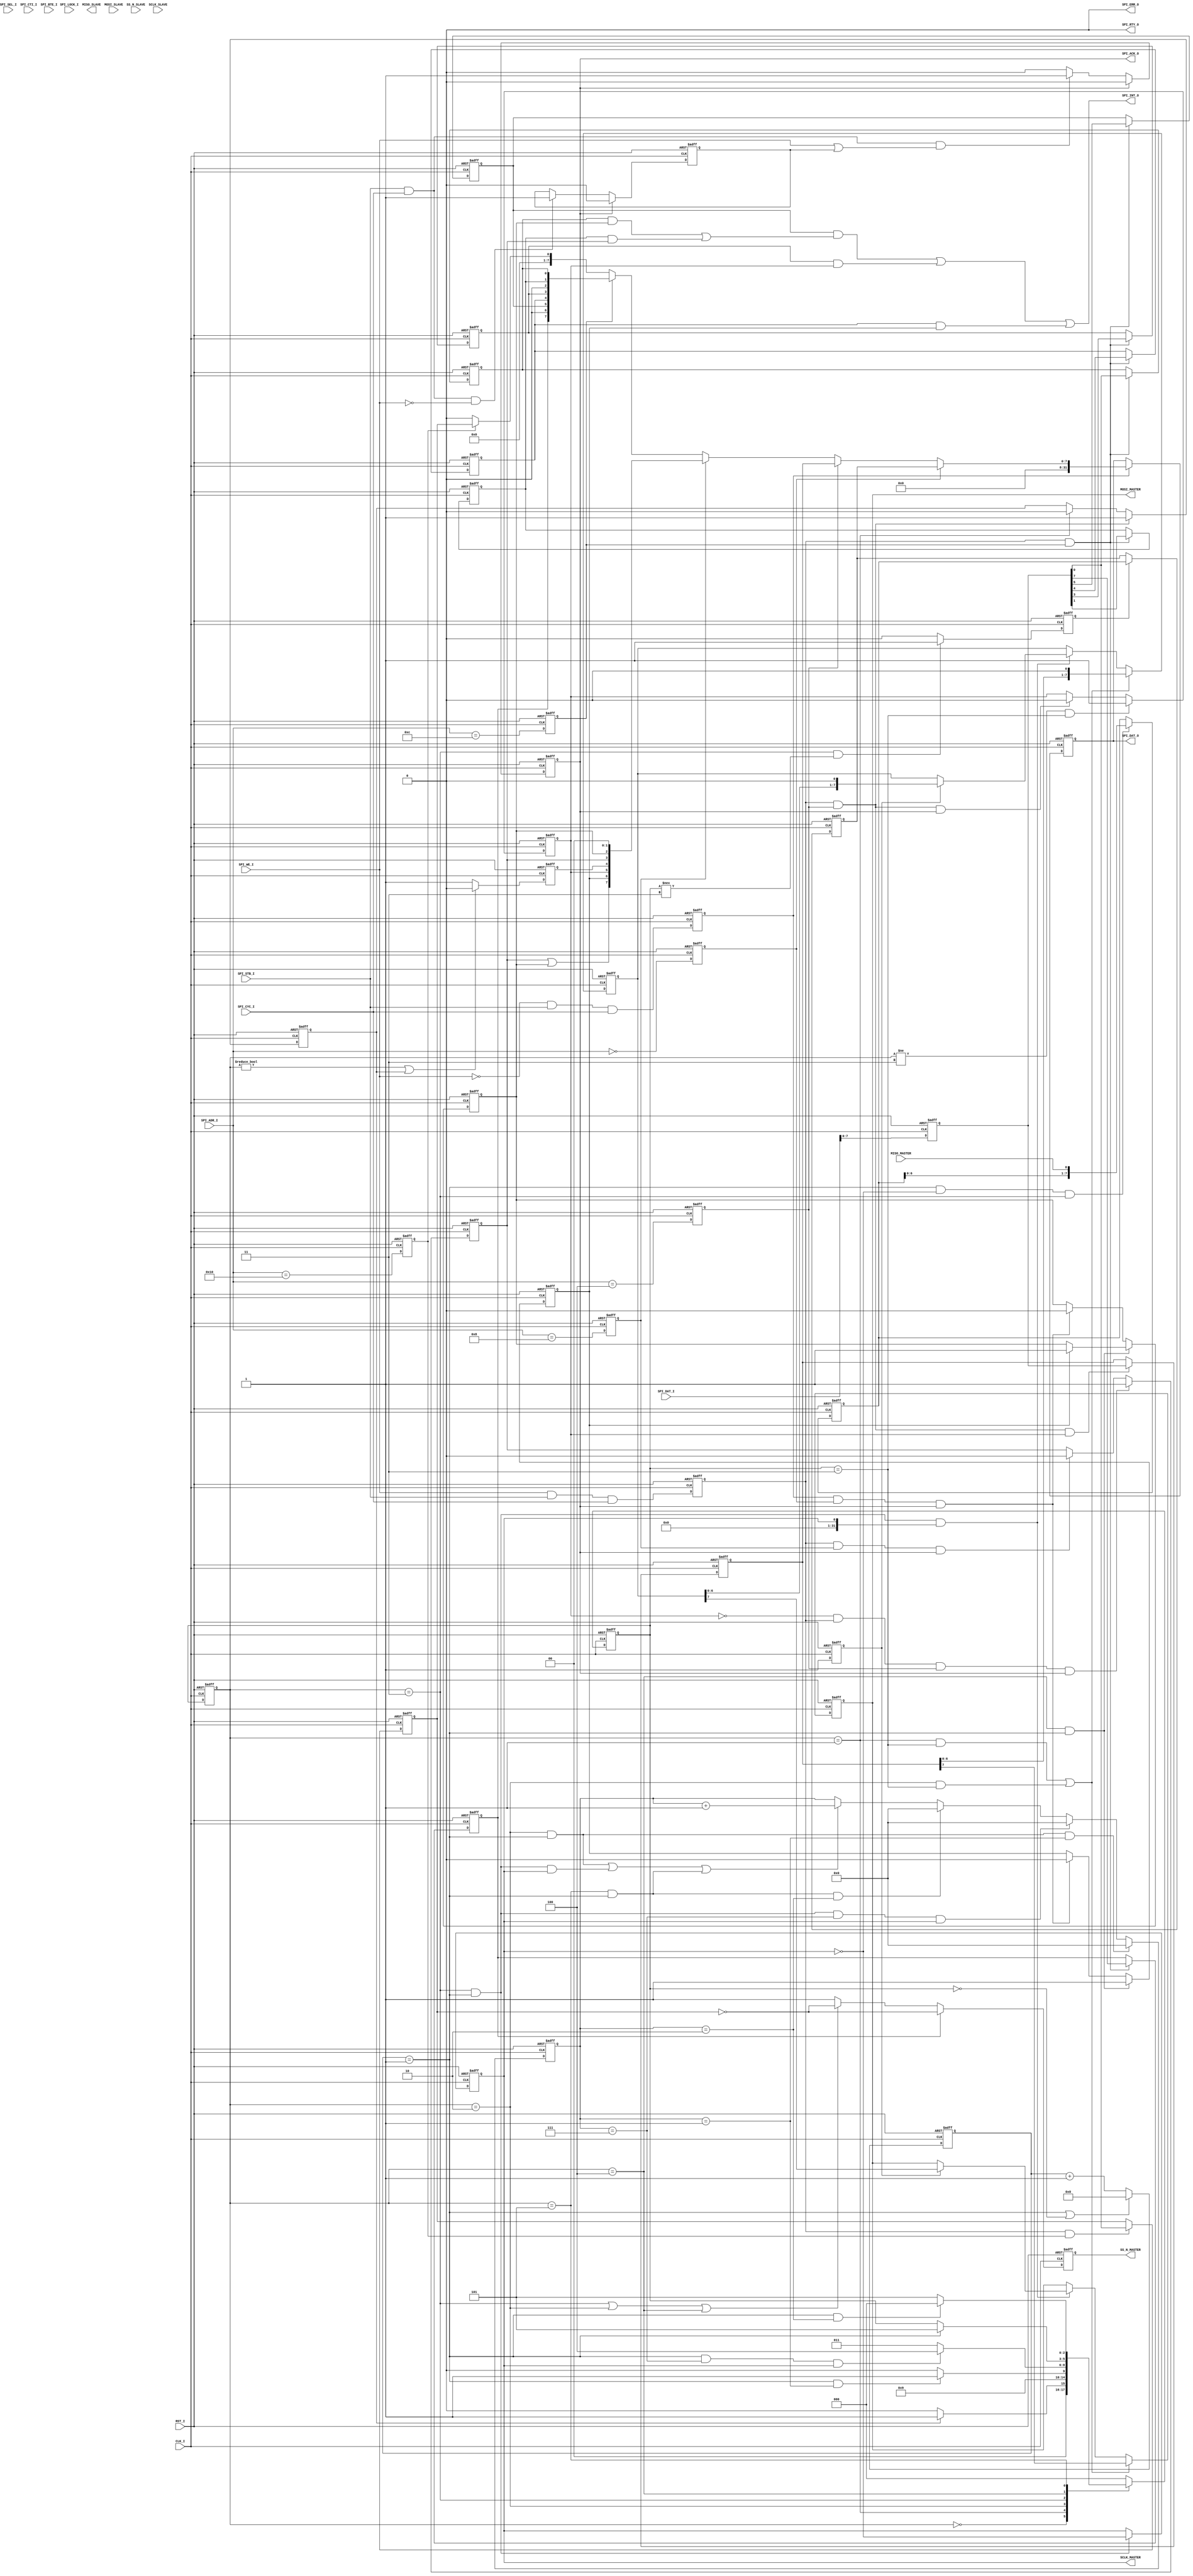
//   ==================================================================
//   >>>>>>>>>>>>>>>>>>>>>>> COPYRIGHT NOTICE <<<<<<<<<<<<<<<<<<<<<<<<<
//   ------------------------------------------------------------------
//   Copyright (c) 2013 by Lattice Semiconductor Corporation
//   ALL RIGHTS RESERVED 
//   ------------------------------------------------------------------


`timescale 1ns/10ps

module spi #(
   parameter  SHIFT_DIRECTION = 0,
   parameter  CLOCK_PHASE     = 0,
   parameter  CLOCK_POLARITY  = 0,
   parameter  CLOCK_SEL       = 1,		//  SCLK = CLK_I / (2 * (CLOCK_SEL + 1)) = CLK_I / 4
   parameter  MASTER          = 1,
   parameter  SLAVE_NUMBER    = 1,		//  maximum value = 8 for current design
   parameter  DATA_LENGTH     = 8,		//  changed from 32 to 8
   parameter  DELAY_TIME      = 2,
   parameter  CLKCNT_WIDTH    = 5,
   parameter  INTERVAL_LENGTH = 2)
   (
   //slave port
   SPI_ADR_I,    //8 bit width - changed from 32 bits
   SPI_DAT_I,    //8 bit width - changed from 32 bits
   SPI_WE_I,
   SPI_CYC_I,
   SPI_STB_I,
   SPI_SEL_I,
   SPI_CTI_I,
   SPI_BTE_I,
   SPI_LOCK_I,
   SPI_DAT_O,    //8 bit width - changed from 32 bits
   SPI_ACK_O,
   SPI_INT_O,
   SPI_ERR_O,
   SPI_RTY_O,
   //spi interface
   MISO_MASTER,
   MOSI_MASTER,
   SS_N_MASTER,
   SCLK_MASTER,
   MISO_SLAVE,
   MOSI_SLAVE,
   SS_N_SLAVE,
   SCLK_SLAVE,
   //system clock and reset
   CLK_I,
   RST_I
   );

   //slave port
   input [7:0]         SPI_ADR_I;		//8 bit width - changed from 32 bits
   input [31:0]        SPI_DAT_I;		//8 bit width - changed from 32 bits
   input               SPI_WE_I;
   input               SPI_STB_I;
   input               SPI_CYC_I;
   input [3:0]         SPI_SEL_I  /* synthesis syn_keep=1 opt="keep"*/;
   input [2:0]         SPI_CTI_I  /* synthesis syn_keep=1 opt="keep"*/;
   input [1:0]         SPI_BTE_I  /* synthesis syn_keep=1 opt="keep"*/;
   input               SPI_LOCK_I /* synthesis syn_keep=1 opt="keep"*/;
   output [31:0]       SPI_DAT_O;		//8 bit width - changed from 32 bits
   output              SPI_ACK_O;
   output              SPI_INT_O;
   output              SPI_ERR_O;
   output              SPI_RTY_O;

   //spi interface
   input               MISO_MASTER;
   output              MOSI_MASTER;
   output [SLAVE_NUMBER-1:0] SS_N_MASTER;
   output              SCLK_MASTER;
   output              MISO_SLAVE;
   input               MOSI_SLAVE /* synthesis syn_keep=1 opt="keep"*/;
   input               SS_N_SLAVE /* synthesis syn_keep=1 opt="keep"*/;
   input               SCLK_SLAVE /* synthesis syn_keep=1 opt="keep"*/;
   //system clock and reset
   input               CLK_I;
   input               RST_I;

   parameter           UDLY          = 1;
   parameter           ST_IDLE       = 3'b000;
   parameter           ST_LOAD       = 3'b001;
   parameter           ST_WAIT       = 3'b010;
   parameter           ST_TRANS      = 3'b011;
   parameter           ST_TURNAROUND = 3'b100;
   parameter           ST_INTERVAL   = 3'b101;

   //register access
   wire                    SPI_INT_O;
   reg                     SPI_ACK_O;
   reg [31:0]              SPI_DAT_O;			//8 bit width - changed from 32 bits
   reg [SLAVE_NUMBER-1:0]  SS_N_MASTER;
   reg                     SCLK_MASTER;
   reg                     MOSI_MASTER;
   reg                     MISO_SLAVE;

   reg                     dw00_cs;
   reg                     dw04_cs;
   reg                     dw08_cs;
   reg                     dw0c_cs;
   reg                     dw10_cs;
   reg                     reg_wr;
   reg                     reg_rd;
   reg                     read_wait_done;
   reg [31:0]              latch_s_data;		//8 bit width - changed from 32 bits
   reg [DATA_LENGTH-1:0]   reg_rxdata;
   reg [DATA_LENGTH-1:0]   reg_txdata;
   reg [DATA_LENGTH-1:0]   rx_shift_data;
   reg [DATA_LENGTH-1:0]   tx_shift_data;
   reg                     rx_latch_flag;

   wire [7:0]              reg_control;			//8 bit width - changed from 11 bits
   reg                     reg_iroe;
   reg                     reg_itoe;
   reg                     reg_itrdy;
   reg                     reg_irrdy;
   reg                     reg_ie;
   reg                     reg_sso;

   wire [7:0]              reg_status;			//8 bit width - changed from 9 bits
   reg                     reg_toe;
   reg                     reg_roe;
   reg                     reg_trdy;
   reg                     reg_rrdy;
   reg                     reg_tmt;
   wire                    reg_e;

   assign SPI_ERR_O = 1'b0;
   assign SPI_RTY_O = 1'b0;

   always @(posedge CLK_I or posedge RST_I)
     if(RST_I) begin
        dw00_cs  <= #UDLY 1'b0;
        dw04_cs  <= #UDLY 1'b0;
        dw08_cs  <= #UDLY 1'b0;
        dw0c_cs  <= #UDLY 1'b0;
        dw10_cs  <= #UDLY 1'b0;
     end else begin
        dw00_cs  <= #UDLY (SPI_ADR_I[7:0] == 8'h00);
        dw04_cs  <= #UDLY (SPI_ADR_I[7:0] == 8'h04);
        dw08_cs  <= #UDLY (SPI_ADR_I[7:0] == 8'h08);
        dw0c_cs  <= #UDLY (SPI_ADR_I[7:0] == 8'h0C);
        dw10_cs  <= #UDLY (SPI_ADR_I[7:0] == 8'h10);
     end

   always @(posedge CLK_I or posedge RST_I)
     if(RST_I) begin
        reg_wr       <= #UDLY 1'b0;
        reg_rd       <= #UDLY 1'b0;
     end else begin
        reg_wr       <= #UDLY  SPI_WE_I && SPI_STB_I && SPI_CYC_I;
        reg_rd       <= #UDLY !SPI_WE_I && SPI_STB_I && SPI_CYC_I;
     end

   always @(posedge CLK_I or posedge RST_I)
     if(RST_I)
       latch_s_data  <= #UDLY 32'h0;
     else
       latch_s_data  <= #UDLY SPI_DAT_I;

//Receive Data Register(0x00)
   always @(posedge CLK_I or posedge RST_I)
     if(RST_I)
       reg_rxdata            <= #UDLY 'h0;
     else if (rx_latch_flag)
       reg_rxdata            <= #UDLY rx_shift_data;

//Transmit Data Register(0x04)
   always @(posedge CLK_I or posedge RST_I)
     if(RST_I)
       reg_txdata               <= #UDLY 'h0;
     else if (reg_wr && dw04_cs && reg_trdy)
       reg_txdata               <= #UDLY latch_s_data;

//Status Register(0x08)		// reduced status register length to 8 bits - changed padding at end from 3 bits
   assign      reg_e       = reg_toe | reg_roe;
   assign      reg_status  = {reg_e,reg_rrdy,reg_trdy,reg_tmt,reg_toe,reg_roe,2'b00};

//Control Register(0x0C)	// reduced control register length to 8 bits - deleted 3 bits padding at end
   always @(posedge CLK_I or posedge RST_I)
    if (RST_I) begin
      reg_iroe    <= #UDLY 1'b0;
      reg_itoe    <= #UDLY 1'b0;
      reg_itrdy   <= #UDLY 1'b0;
      reg_irrdy   <= #UDLY 1'b0;
      reg_ie      <= #UDLY 1'b0;
      reg_sso     <= #UDLY 1'b0; end
    else if(reg_wr && dw0c_cs) begin
      reg_iroe    <= #UDLY latch_s_data[0];			//  was bit 3
      reg_itoe    <= #UDLY latch_s_data[1];			//  was bit 4
      reg_itrdy   <= #UDLY latch_s_data[3];			//  was bit 6
      reg_irrdy   <= #UDLY latch_s_data[4];			//  was bit 7
      reg_ie      <= #UDLY latch_s_data[5];			//  was bit 8
      reg_sso     <= #UDLY latch_s_data[7];  end		//  was bit 10

   assign  SPI_INT_O = (reg_ie & (reg_iroe & reg_roe | reg_itoe & reg_toe)) |
                       (reg_itrdy & reg_trdy) |
                       (reg_irrdy & reg_rrdy);

   //For Write, ACK is asserted right after STB is sampled
   //For Read, ACK is asserted one clock later after STB is sampled for better timing
   always @(posedge CLK_I or posedge RST_I) begin
    if (RST_I)
      SPI_ACK_O <= 1'b0;
    else if (SPI_ACK_O)
      SPI_ACK_O <= 1'b0;
    else if (SPI_STB_I && SPI_CYC_I && (SPI_WE_I || read_wait_done))
      SPI_ACK_O <= 1'b1;
    end

   always @(posedge CLK_I or posedge RST_I) begin
    if (RST_I)
      read_wait_done <= 1'b0;
    else if (SPI_ACK_O)
      read_wait_done <= 1'b0;
    else if (SPI_STB_I && SPI_CYC_I && ~SPI_WE_I)
      read_wait_done <= 1'b1;
    end

generate
if (MASTER == 1) begin
   //Master Only registers
   reg [SLAVE_NUMBER-1:0]  reg_ssmask;
   reg [CLKCNT_WIDTH-1:0]  clock_cnt;
   reg  [5:0]              data_cnt;
   reg                     pending_data;
   reg [2:0]               c_status;
   reg [2:0]               n_status;

					// reduced control register length to 8 bits - deleted 3 bits padding at end
   assign  reg_control     = {reg_sso,1'b0,reg_ie,reg_irrdy,reg_itrdy,1'b0,reg_itoe,reg_iroe};

   always @(posedge CLK_I or posedge RST_I)
     if(RST_I)
       pending_data               <= #UDLY 1'b0;
     else if (reg_wr && dw04_cs)
       pending_data               <= #UDLY 1'b1;
     else if (c_status == ST_LOAD)
       pending_data               <= #UDLY 1'b0;

   always @(posedge CLK_I or posedge RST_I)
     if (RST_I)
       SPI_DAT_O     <= #UDLY 8'h0;
     else if (reg_rd)
       SPI_DAT_O     <= #UDLY  dw00_cs ? reg_rxdata :
                               dw04_cs ? reg_txdata :
                               dw08_cs ? reg_status :
                               dw0c_cs ? reg_control:
                               dw10_cs ? reg_ssmask :
                                         8'h0;

   always @(posedge CLK_I or posedge RST_I)
     if (RST_I)
       reg_ssmask                      <= #UDLY 'h0;
     else if (reg_wr && dw10_cs)
       reg_ssmask                      <= #UDLY latch_s_data;

   always @(posedge CLK_I or posedge RST_I) begin
     if (RST_I)
        SS_N_MASTER <= {SLAVE_NUMBER{1'b1}};
     else if (reg_sso)
        SS_N_MASTER <= (~reg_ssmask);
     else if ((c_status == ST_TRANS) || (c_status == ST_WAIT) || (c_status == ST_TURNAROUND))
        SS_N_MASTER <= (~reg_ssmask);
     else
        SS_N_MASTER <= {SLAVE_NUMBER{1'b1}};
     end

   // Generate SCLK
   always @(posedge CLK_I or posedge RST_I)
     if (RST_I)
        SCLK_MASTER    <= #UDLY CLOCK_POLARITY;
     else if ((c_status == ST_TRANS)  && (clock_cnt == CLOCK_SEL))
        SCLK_MASTER    <= #UDLY ~SCLK_MASTER;

   always @(posedge CLK_I or posedge RST_I)
     if (RST_I)
        rx_shift_data       <= #UDLY 'h0;
     else if ((clock_cnt == CLOCK_SEL) && (CLOCK_PHASE == SCLK_MASTER) && (c_status == ST_TRANS))  begin
        if (SHIFT_DIRECTION)
           rx_shift_data    <= #UDLY {MISO_MASTER,rx_shift_data[DATA_LENGTH-1:1]};
        else
           rx_shift_data    <= #UDLY {rx_shift_data,MISO_MASTER};
     end

   // control when the data is received over
   always @(posedge CLK_I or posedge RST_I) begin
      if (RST_I)
         rx_latch_flag <= 1'b0;
      else if ((c_status == ST_TRANS) && (n_status !== ST_TRANS))
         rx_latch_flag <= 1'b1;
      else if (rx_latch_flag)
         rx_latch_flag <= 1'b0;
      end

   always @(posedge CLK_I or posedge RST_I)
      if (RST_I)
         clock_cnt <= 0;
      else if (clock_cnt == CLOCK_SEL || (n_status == ST_IDLE))
         clock_cnt <= 0;
      else
         clock_cnt <= clock_cnt + 1;

   always @(posedge CLK_I or posedge RST_I) begin
      if (RST_I)
         c_status <= ST_IDLE;
      else
         c_status <= n_status;
      end

   wire [5:0] ACTUAL_MAX = (CLOCK_POLARITY == CLOCK_PHASE) ?
                          DATA_LENGTH - 1 :
                          DATA_LENGTH;

     always @(negedge CLK_I or posedge RST_I)
       begin
       if (RST_I)
          n_status <= ST_IDLE;
       else
       case(c_status)
       ST_IDLE:   if (pending_data)
                       n_status <= ST_LOAD;
                  else
                       n_status <= ST_IDLE;
       ST_LOAD:  begin
                     if (DELAY_TIME == 0)
                         n_status <= ST_TRANS;
                     else
                         n_status <= ST_WAIT;
                  end
       ST_WAIT:   begin
                     if ((clock_cnt == CLOCK_SEL) && (data_cnt == DELAY_TIME - 1))
                         n_status <= ST_TRANS;
                     else
                         n_status <= ST_WAIT;
                  end
       ST_TRANS:  begin
                     if ((clock_cnt == CLOCK_SEL) &&
                         (data_cnt == ACTUAL_MAX) &&
                         (SCLK_MASTER != CLOCK_POLARITY))
                         n_status <= ST_TURNAROUND;
                     else
                         n_status <= ST_TRANS;
                  end
       ST_TURNAROUND:  begin
                        if (clock_cnt == CLOCK_SEL)
                          if (INTERVAL_LENGTH)
                             n_status <= ST_INTERVAL;
                          else
                             n_status <= ST_IDLE;
                       end
       ST_INTERVAL:  begin
                       if ((clock_cnt == CLOCK_SEL) && (data_cnt == INTERVAL_LENGTH))
                          n_status <= ST_IDLE;
                       else
                          n_status <= ST_INTERVAL;
                       end
       default:     n_status <= ST_IDLE;
       endcase
       end

   always @(posedge CLK_I or posedge RST_I)  begin
      if (RST_I)
         data_cnt <= 0;
      else if ((c_status == ST_WAIT)   && (clock_cnt == CLOCK_SEL) &&  (data_cnt == DELAY_TIME - 1))
         data_cnt <= 0;
      else if ((c_status == ST_TRANS)  && (clock_cnt == CLOCK_SEL) && (data_cnt == ACTUAL_MAX) && (CLOCK_POLARITY != SCLK_MASTER))
         data_cnt <= 0;
      else if ((c_status == ST_INTERVAL) && (clock_cnt == CLOCK_SEL) && (data_cnt == INTERVAL_LENGTH))
         data_cnt <= 0;
      else if (((c_status == ST_WAIT)   && (clock_cnt == CLOCK_SEL)) ||
               ((c_status == ST_TRANS)  && (clock_cnt == CLOCK_SEL)  && (CLOCK_PHASE != SCLK_MASTER))||
               ((c_status == ST_INTERVAL) && (clock_cnt == CLOCK_SEL)))
         data_cnt <= data_cnt + 1;
      end

   reg wait_one_tick_done;
   always @(posedge CLK_I or posedge RST_I) begin
      if (RST_I)
          wait_one_tick_done <= 1'b0;
      else if (CLOCK_PHASE == CLOCK_POLARITY)
          wait_one_tick_done <= 1'b1;
      else if ((c_status == ST_TRANS) && (clock_cnt == CLOCK_SEL) && (data_cnt == 1))
          wait_one_tick_done <= 1'b1;
      else if (data_cnt == 0)
          wait_one_tick_done <= 1'b0;
      end

    always @(posedge CLK_I or posedge RST_I) begin
      if (RST_I) begin
         MOSI_MASTER <= 0;
         tx_shift_data <= 0;  end
      else if (((c_status == ST_LOAD) && (n_status == ST_TRANS)) ||
               ((c_status == ST_WAIT) && (n_status == ST_TRANS))) begin
             MOSI_MASTER   <= SHIFT_DIRECTION ? reg_txdata[0] :
                                                reg_txdata[DATA_LENGTH-1];
             tx_shift_data <= SHIFT_DIRECTION ? {1'b0, reg_txdata[DATA_LENGTH-1:1]} :
                                                {reg_txdata, 1'b0};
             end
      else if ((c_status == ST_TRANS) && (clock_cnt == CLOCK_SEL) && (CLOCK_PHASE ^ SCLK_MASTER) )
            if (wait_one_tick_done) begin
              MOSI_MASTER   <= SHIFT_DIRECTION ? tx_shift_data[0] :
                                                 tx_shift_data[DATA_LENGTH-1];
              tx_shift_data <= SHIFT_DIRECTION ? {1'b0, tx_shift_data[DATA_LENGTH-1:1]} :
                                                 {tx_shift_data, 1'b0};
            end
      end

   always @(posedge CLK_I or posedge RST_I)
      if (RST_I)
         reg_trdy <= 1;
      else if ((c_status != ST_TRANS) && (n_status == ST_TRANS))
         reg_trdy <= 1;
      else if (reg_wr && dw04_cs && SPI_ACK_O)
         reg_trdy <= 0;

   always @(posedge CLK_I or posedge RST_I)
      if (RST_I)
         reg_toe <= 0;
      else if (!reg_trdy && reg_wr && dw04_cs && SPI_ACK_O)
         reg_toe <= 1'b1;
      else if (reg_wr && dw08_cs && SPI_ACK_O)
         reg_toe <= 1'b0;

   always @(posedge CLK_I or posedge RST_I)
      if (RST_I)  begin
         reg_rrdy <= 1'b0;
         reg_roe  <= 1'b0;  end
      else if ((c_status == ST_TURNAROUND) && (clock_cnt == CLOCK_SEL)) begin
         if (reg_rrdy)
            reg_roe <= 1'b1;
         else  begin
            reg_rrdy <= 1'b1;
            end
         end
      else if (reg_rd && dw00_cs && SPI_ACK_O) begin
         reg_rrdy <= 1'b0;
         reg_roe  <= 1'b0; end

   always @(posedge CLK_I or posedge RST_I)
      if (RST_I)
         reg_tmt <= 1'b1;
      else if ((c_status != ST_IDLE) || pending_data)
         reg_tmt <= 1'b0;
      else
         reg_tmt <= 1'b1;

  end
  endgenerate
  //End of Master Section

  //Slave Mode
generate

if (MASTER == 0)
begin
   //Slave Only registers/wires
   reg                     tx_done;
   reg                     rx_done;
   reg                     rx_done_flip1;
   reg                     rx_done_flip2;
   reg  [5:0]              rx_data_cnt;
   reg  [5:0]              tx_data_cnt;

					// reduced control register length to 8 bits - deleted 3 bits padding at end
   assign  reg_control     = {1'b0,   1'b0,reg_ie,reg_irrdy,reg_itrdy,1'b0,reg_itoe,reg_iroe};

   always @(posedge CLK_I or posedge RST_I)
     if (RST_I)
       SPI_DAT_O     <= #UDLY 8'h0;
     else if (reg_rd)
       SPI_DAT_O     <= #UDLY  dw00_cs ? reg_rxdata :
                               dw04_cs ? reg_txdata :
                               dw08_cs ? reg_status :
                               dw0c_cs ? reg_control:
                                         8'h0;

   //For Rx data, sample at posedge when CLOCK_PHASE is 0
if (CLOCK_PHASE == 0)
begin
     always @(posedge SCLK_SLAVE or posedge RST_I)
       if (RST_I)
         rx_shift_data     <= #UDLY 'h0;
       else if (!SS_N_SLAVE)
           if (SHIFT_DIRECTION)
              rx_shift_data   <= #UDLY {MOSI_SLAVE,rx_shift_data[DATA_LENGTH-1:1]};
           else
              rx_shift_data   <= #UDLY {rx_shift_data,MOSI_SLAVE};

     always @(posedge SCLK_SLAVE or posedge RST_I)
       if (RST_I)
          rx_data_cnt     <= #UDLY 'h0;
       else if (rx_data_cnt == DATA_LENGTH - 1)
          rx_data_cnt     <= #UDLY 'h0;
       else if (!SS_N_SLAVE)
          rx_data_cnt     <= #UDLY rx_data_cnt + 1;

     always @(posedge SCLK_SLAVE or posedge RST_I)
       if (RST_I)
          rx_done         <= #UDLY 1'b0;
       else if (rx_data_cnt == DATA_LENGTH - 1)
          rx_done         <= #UDLY 1'b1;
       else
          rx_done         <= #UDLY 1'b0;

end
else
begin
    //For Rx data, sample at negedge when CLOCK_PHASE is 1
    always @(negedge SCLK_SLAVE or posedge RST_I)
       if (RST_I)
         rx_shift_data     <= #UDLY 'h0;
       else if (!SS_N_SLAVE)
           if (SHIFT_DIRECTION)
              rx_shift_data   <= #UDLY {MOSI_SLAVE,rx_shift_data[DATA_LENGTH-1:1]};
           else
              rx_shift_data   <= #UDLY {rx_shift_data,MOSI_SLAVE};

     always @(negedge SCLK_SLAVE or posedge RST_I)
       if (RST_I)
          rx_data_cnt     <= #UDLY 'h0;
       else if (rx_data_cnt == DATA_LENGTH - 1)
          rx_data_cnt     <= #UDLY 'h0;
       else if (!SS_N_SLAVE)
          rx_data_cnt     <= #UDLY rx_data_cnt + 1;

     always @(negedge SCLK_SLAVE or posedge RST_I)
       if (RST_I)
          rx_done         <= #UDLY 1'b0;
       else if (rx_data_cnt == DATA_LENGTH - 1)
          rx_done         <= #UDLY 1'b1;
       else
          rx_done         <= #UDLY 1'b0;
end

   always @(posedge CLK_I or posedge RST_I)
     if (RST_I) begin
       rx_done_flip1                <= #UDLY 1'b0;
       rx_done_flip2                <= #UDLY 1'b0;end
     else begin
       rx_done_flip1                <= #UDLY rx_done;
       rx_done_flip2                <= #UDLY rx_done_flip1;end

   always @(posedge CLK_I or posedge RST_I)
     if (RST_I)
       rx_latch_flag                <= #UDLY 1'b0;
     else if (rx_done_flip1 && !rx_done_flip2)
       rx_latch_flag                <= #UDLY 1'b1;
     else
       rx_latch_flag                <= #UDLY 1'b0;

   always @(posedge CLK_I or posedge RST_I)
     if (RST_I)
       reg_rrdy                     <= #UDLY 1'b0;
     else if (rx_done_flip1 && !rx_done_flip2)
       reg_rrdy                     <= #UDLY 1'b1;
     else if (reg_rd && dw00_cs && SPI_ACK_O)
       reg_rrdy                     <= #UDLY 1'b0;

   always @(posedge CLK_I or posedge RST_I)
     if (RST_I)
       reg_roe                      <= #UDLY 1'b0;
     else if (rx_done_flip1 && !rx_done_flip2 && reg_rrdy)
       reg_roe                      <= #UDLY 1'b1;
     else if (reg_wr && dw08_cs && SPI_ACK_O)
       reg_roe                      <= #UDLY 1'b0;

   //For Tx data, update at negedge when CLOCK_PHASE is 0

if (CLOCK_PHASE == 0)
begin
     if (CLOCK_POLARITY == 1)
     begin
       		always @(negedge SCLK_SLAVE or posedge RST_I)
         if (RST_I)
           MISO_SLAVE   <= #UDLY 1'b0;
         else
           MISO_SLAVE   <= #UDLY SHIFT_DIRECTION ? reg_txdata[tx_data_cnt] :
                                                   reg_txdata[DATA_LENGTH-tx_data_cnt-1];
     end
     else
     begin
       always @(*)
         MISO_SLAVE   <= #UDLY SHIFT_DIRECTION ? reg_txdata[tx_data_cnt] :
                                                 reg_txdata[DATA_LENGTH-tx_data_cnt-1];
     end

     always @(negedge SCLK_SLAVE or posedge RST_I)
       if (RST_I)
          tx_data_cnt     <= #UDLY 'h0;
       else if (tx_data_cnt == DATA_LENGTH - 1)
          tx_data_cnt     <= #UDLY 'h0;
       else if (!SS_N_SLAVE)
          tx_data_cnt     <= #UDLY tx_data_cnt + 1;

     always @(negedge SCLK_SLAVE or posedge RST_I)
       if (RST_I)
          tx_done     <= #UDLY 1'b0;
       else if (tx_data_cnt == DATA_LENGTH - 1)
          tx_done     <= #UDLY 1'b1;
       else
          tx_done     <= #UDLY 1'b0;

   //For Tx data, update at posedge when CLOCK_PHASE is 1
end else
begin
     if (CLOCK_POLARITY == 1)
     begin
       always @(*)
         MISO_SLAVE   <= #UDLY SHIFT_DIRECTION ? reg_txdata[tx_data_cnt] :
                                                 reg_txdata[DATA_LENGTH-tx_data_cnt-1];
     end
     else
     begin
       		always @(posedge SCLK_SLAVE or posedge RST_I)
         if (RST_I)
           MISO_SLAVE   <= #UDLY 1'b0;
         else
           MISO_SLAVE   <= #UDLY SHIFT_DIRECTION ? reg_txdata[tx_data_cnt] :
                                                   reg_txdata[DATA_LENGTH-tx_data_cnt-1];
    end

     always @(posedge SCLK_SLAVE or posedge RST_I)
       if (RST_I)
          tx_data_cnt     <= #UDLY 'h0;
       else if (tx_data_cnt == DATA_LENGTH - 1)
          tx_data_cnt     <= #UDLY 'h0;
       else if (!SS_N_SLAVE)
          tx_data_cnt     <= #UDLY tx_data_cnt + 1;

     always @(posedge SCLK_SLAVE or posedge RST_I)
       if (RST_I)
          tx_done     <= #UDLY 1'b0;
       else if (tx_data_cnt == DATA_LENGTH - 1)
          tx_done     <= #UDLY 1'b1;
       else
          tx_done     <= #UDLY 1'b0;
end

   always @(posedge CLK_I or posedge RST_I)
     if (RST_I)
        reg_trdy     <= #UDLY 1'b1;
     else if (reg_wr && dw04_cs && SPI_ACK_O)
        reg_trdy     <= #UDLY 1'b0;
     else if (tx_done)
        reg_trdy     <= #UDLY 1'b1;

   always @(posedge CLK_I or posedge RST_I)
     if (RST_I)
        reg_tmt     <= #UDLY 1'b1;
     else if (reg_wr && dw04_cs && SPI_ACK_O)
        reg_tmt     <= #UDLY 1'b0;
     else if (tx_done)
        reg_tmt     <= #UDLY 1'b1;

   always @(posedge CLK_I or posedge RST_I)
     if(RST_I)
       reg_toe      <= #UDLY 1'b0;
     else if(!reg_trdy && reg_wr && dw04_cs && SPI_ACK_O)
       reg_toe      <= #UDLY 1'b1;
     else if(reg_wr && dw08_cs && SPI_ACK_O)
       reg_toe      <= #UDLY 1'b0;

end
endgenerate

endmodule


///////////// SPI por defecto *probando*

//-----------------------------------------------------------------
// SPI Master
//-----------------------------------------------------------------
/*
module wb_spi(
	input               clk;
	input               reset;
	// Wishbone bus
	input      [31:0]   wb_adr_i;
	input      [31:0]   wb_dat_i;
	output reg [31:0]   wb_dat_o;
	input      [ 3:0]   wb_sel_i;
	input               wb_cyc_i;
	input               wb_stb_i;
	output              wb_ack_o;
	input               wb_we_i;
	// SPI 
	output              spi_sck;
	output              spi_mosi;
	input               spi_miso;
	output reg   [7:0]  spi_cs;
);


	reg  ack;
	assign wb_ack_o = wb_stb_i & wb_cyc_i & ack;

	wire wb_rd = wb_stb_i & wb_cyc_i & ~ack & ~wb_we_i;
	wire wb_wr = wb_stb_i & wb_cyc_i & ~ack & wb_we_i;

	
	reg [2:0] bitcount;
	reg ilatch;
	reg run;

	reg sck;

	//prescaler registers for sclk
	reg [7:0] prescaler;
	reg [7:0] divisor;

	//data shift register
	reg [7:0] sreg;

	assign spi_sck = sck;
	assign spi_mosi = sreg[7];

	always @(posedge clk) begin
		if (reset == 1'b1) begin
			ack      <= 0;
			sck <= 1'b0;
			bitcount <= 3'b000;
			run <= 1'b0;
			prescaler <= 8'h00;
			divisor <= 8'hff;
		end else begin
			prescaler <= prescaler + 1;
			if (prescaler == divisor) begin
				prescaler <= 8'h00;
				if (run == 1'b1) begin
					sck <= ~sck;
					if(sck == 1'b1) begin
						bitcount <= bitcount + 1;
						if(bitcount == 3'b111) begin
							run <= 1'b0;
						end
						
						sreg [7:0] <= {sreg[6:0], ilatch};
					end else begin
						ilatch <= spi_miso;
					end
				end
			end

			ack <= wb_stb_i & wb_cyc_i;
			
			if (wb_rd) begin           // read cycle
				case (wb_adr_i[5:2])
					4'b0000: wb_dat_o <= sreg;
					4'b0001: wb_dat_o <= {7'b0000000 , run};
				endcase
			end
			
			
			if (wb_wr) begin // write cycle
				case (wb_adr_i[5:2])
					4'b0000: begin
							sreg    <=  wb_dat_i[7:0];
							run     <=  1'b1;
						end
					4'b0010:
							spi_cs  <=  wb_dat_i[7:0];
					4'b0100: 
							divisor <=  wb_dat_i[7:0];
				endcase
			end
		end
	end


endmodule
*/